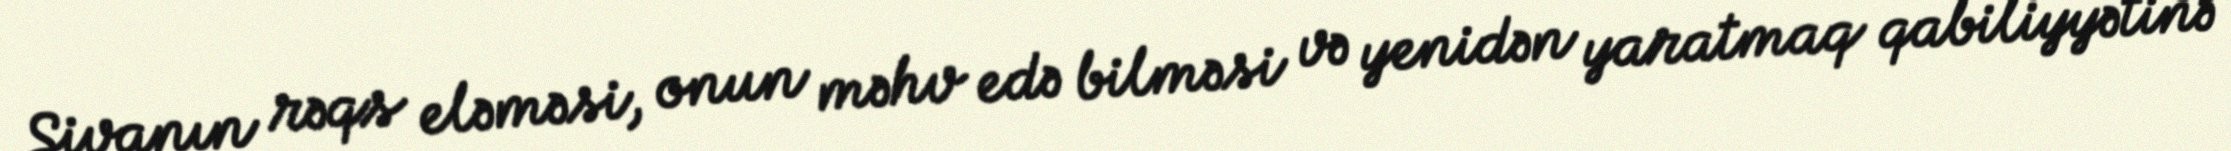
Şivanın rəqs eləməsi, onun məhv edə bilməsi və yenidən yaratmaq qabiliyyətinə